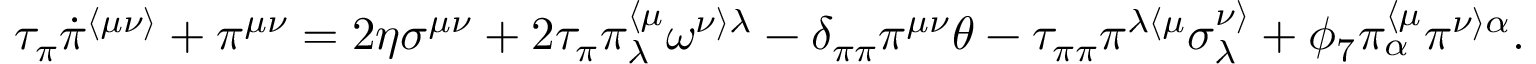
\tau _ { \pi } \dot { \pi } ^ { \langle \mu \nu \rangle } + \pi ^ { \mu \nu } = 2 \eta \sigma ^ { \mu \nu } + 2 \tau _ { \pi } \pi _ { \lambda } ^ { \langle \mu } \omega ^ { \nu \rangle \lambda } - \delta _ { \pi \pi } \pi ^ { \mu \nu } \theta - \tau _ { \pi \pi } \pi ^ { \lambda \langle \mu } \sigma _ { \lambda } ^ { \nu \rangle } + \phi _ { 7 } \pi _ { \alpha } ^ { \langle \mu } \pi ^ { \nu \rangle \alpha } .